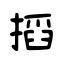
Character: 搯